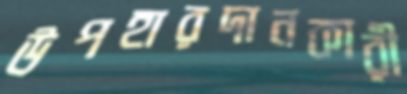
উপহারদানকারী